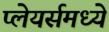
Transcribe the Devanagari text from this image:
प्लेयर्समध्ये